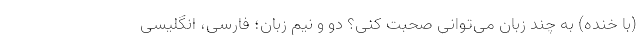
(با خنده) به چند زبان می‌توانی صحبت کنی؟ دو و نیم زبان؛ فارسی، انگلیسی